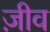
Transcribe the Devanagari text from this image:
ज़ीव